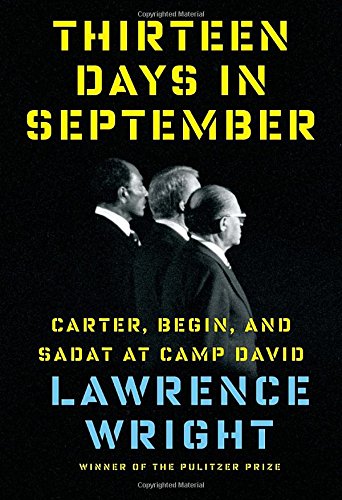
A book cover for Thirteen Days in September: Carter, Begin, and Sadat at Camp David; Lawrence Wright; History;